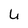
Character: U